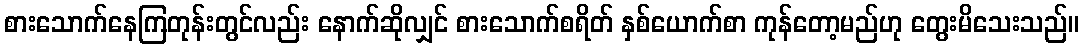
စားသောက်နေကြတုန်းတွင်လည်း နောက်ဆိုလျှင် စားသောက်စရိတ် နှစ်ယောက်စာ ကုန်တော့မည်ဟု တွေးမိသေးသည်။